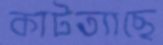
কাটত্যাছে